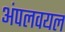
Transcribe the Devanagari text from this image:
अंपलवयल